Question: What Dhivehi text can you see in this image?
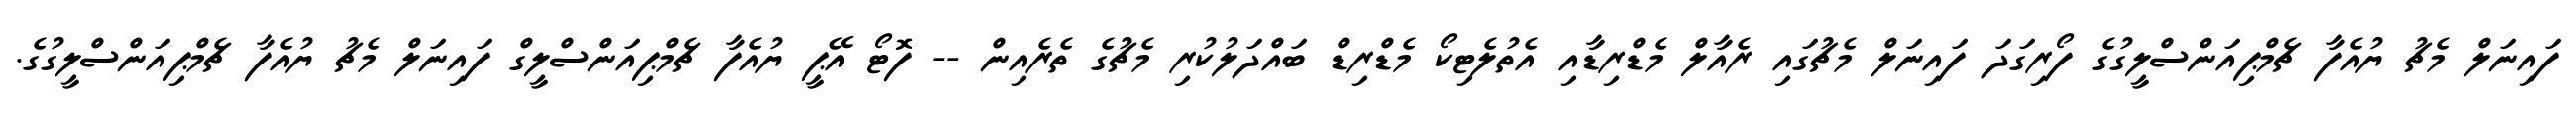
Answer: ފައިނަލް މެޗު ޔުއެފާ ޗެމްޕިއަންސްލީގުގެ ފޯރިގަދަ ފައިނަލް މެޗުގައި ރެއާލް މެޑްރިޑާއި އެތުލެޓިކޯ މެޑްރިޑް ބައްދަލުކުރި މެޗުގެ ތެރެއިން -- ފޮޓޯ އޭޕީ ޔުއެފާ ޗެމްޕިއަންސްލީގް ފައިނަލް މެޗު ޔުއެފާ ޗެމްޕިއަންސްލީގުގެ.